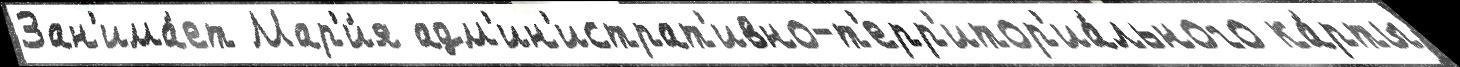
Зан'има́ет Мар'и́я адм'ин'истрат'ивно-т'ерр'итор'иа́льного ка́рты